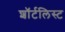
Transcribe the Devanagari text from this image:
शॉर्टलिस्ट